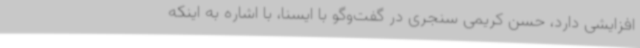
افزایشی دارد، حسن کریمی سنجری در گفت‌وگو با ایسنا، با اشاره به اینکه